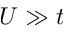
U \gg t